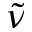
\tilde { \nu }